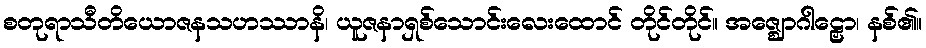
စတုရာသီတိယောဇနသဟဿာနိ၊ ယူဇနာရှစ်သောင်းလေးထောင် တိုင်တိုင်။ အဇ္ဈောဂါဠှော၊ နစ်၏။